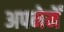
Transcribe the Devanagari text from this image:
अपनेमेँ